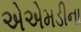
એએમડીના